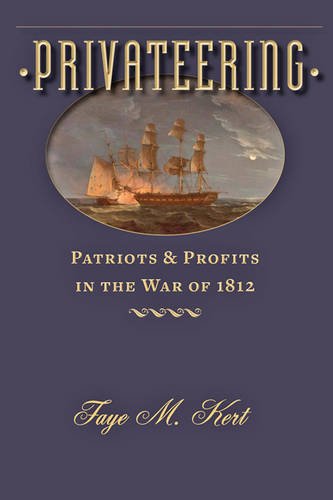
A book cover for Privateering: Patriots and Profits in the War of 1812 (Johns Hopkins Books on the War of 1812); Faye M. Kert; History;